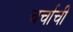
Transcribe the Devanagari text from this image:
चर्चाची